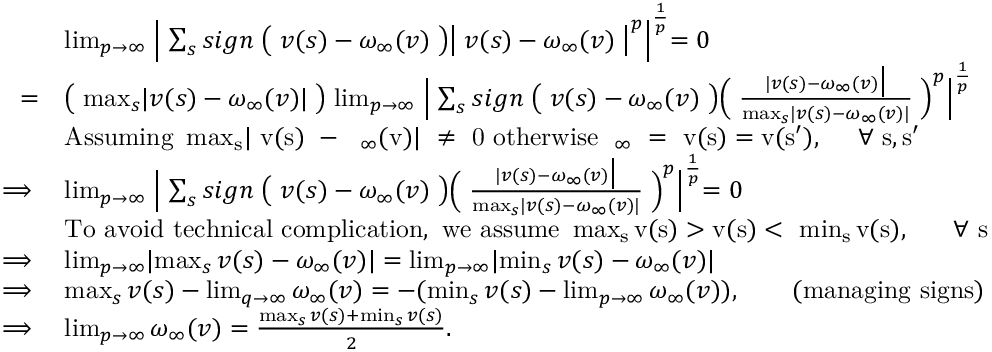
\begin{array} { r l } & { \operatorname* { l i m } _ { p \to \infty } \Bigm \lvert \sum _ { s } s i g n \bigm ( v ( s ) - \omega _ { \infty } ( v ) \bigm ) \bigm \lvert v ( s ) - \omega _ { \infty } ( v ) \bigm \rvert ^ { p } \Bigm \rvert ^ { \frac { 1 } { p } } = 0 } \\ { = } & { \bigm ( \operatorname* { m a x } _ { s } \lvert v ( s ) - \omega _ { \infty } ( v ) \rvert \bigm ) \operatorname* { l i m } _ { p \to \infty } \Bigm \lvert \sum _ { s } s i g n \bigm ( v ( s ) - \omega _ { \infty } ( v ) \bigm ) \Bigm ( \frac { \lvert v ( s ) - \omega _ { \infty } ( v ) \bigm \rvert } { \operatorname* { m a x } _ { s } \lvert v ( s ) - \omega _ { \infty } ( v ) \rvert } \Bigm ) ^ { p } \Bigm \rvert ^ { \frac { 1 } { p } } } \\ & { \mathrm { A s s u m i n g ~ \operatorname* { m a x } _ { s } \lvert ~ v ( s ) ~ - ~ \omega _ \infty ( v ) \rvert ~ \neq ~ 0 ~ o t h e r w i s e ~ \omega _ \infty ~ = ~ v ( s ) = v ( s ' ) , \quad ~ \forall ~ s , s ' ~ } } \\ { \implies } & { \operatorname* { l i m } _ { p \to \infty } \Bigm \lvert \sum _ { s } s i g n \bigm ( v ( s ) - \omega _ { \infty } ( v ) \bigm ) \Bigm ( \frac { \lvert v ( s ) - \omega _ { \infty } ( v ) \bigm \rvert } { \operatorname* { m a x } _ { s } \lvert v ( s ) - \omega _ { \infty } ( v ) \rvert } \Bigm ) ^ { p } \Bigm \rvert ^ { \frac { 1 } { p } } = 0 } \\ & { \mathrm { T o ~ a v o i d ~ t e c h n i c a l ~ c o m p l i c a t i o n , ~ w e ~ a s s u m e ~ \operatorname* { m a x } _ { s } v ( s ) > v ( s ) < ~ \operatorname* { m i n } _ { s } v ( s ) , ~ \quad ~ \forall ~ s ~ } } \\ { \implies } & { \operatorname* { l i m } _ { p \to \infty } \lvert \operatorname* { m a x } _ { s } v ( s ) - \omega _ { \infty } ( v ) \rvert = \operatorname* { l i m } _ { p \to \infty } \lvert \operatorname* { m i n } _ { s } v ( s ) - \omega _ { \infty } ( v ) \rvert } \\ { \implies } & { \operatorname* { m a x } _ { s } v ( s ) - \operatorname* { l i m } _ { q \to \infty } \omega _ { \infty } ( v ) = - ( \operatorname* { m i n } _ { s } v ( s ) - \operatorname* { l i m } _ { p \to \infty } \omega _ { \infty } ( v ) ) , \qquad \mathrm { ( m a n a g i n g ~ s i g n s ) } } \\ { \implies } & { \operatorname* { l i m } _ { p \to \infty } \omega _ { \infty } ( v ) = \frac { \operatorname* { m a x } _ { s } v ( s ) + \operatorname* { m i n } _ { s } v ( s ) } { 2 } . } \end{array}